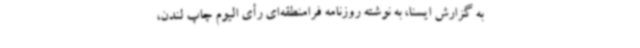
به گزارش ایسنا، به نوشته روزنامه فرامنطقه‌ای رأی الیوم چاپ لندن،